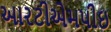
આરટીએમપીઇ